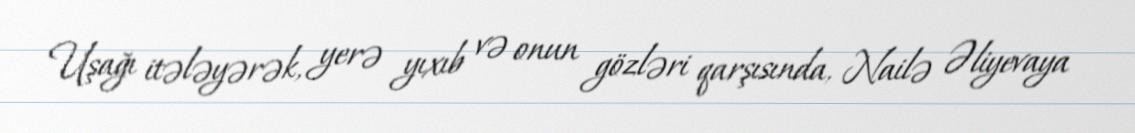
Uşağı itələyərək, yerə yıxıb və onun gözləri qarşısında, Nailə Əliyevaya